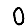
Digit: 0